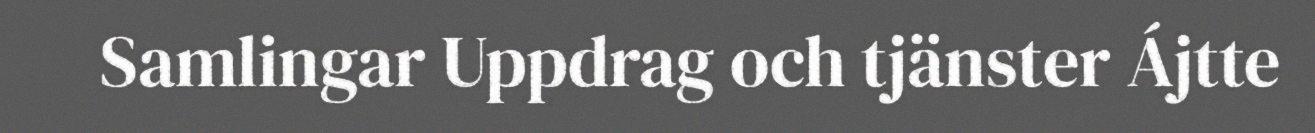
Samlingar Uppdrag och tjänster Ájtte